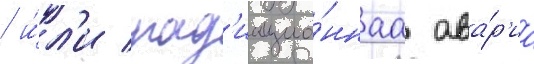
/ и́л'и рад'иацио́ннаа ава́р'иа